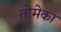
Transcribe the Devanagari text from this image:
तोमेका